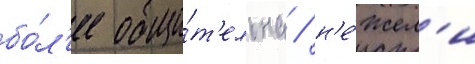
бо́л'ее общи́т'ельна / н'е́жел'и